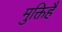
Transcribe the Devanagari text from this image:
मुक्तिहै